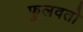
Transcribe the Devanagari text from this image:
फुलवतो